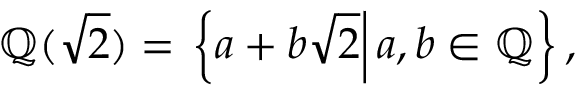
\mathbb { Q } ( { \sqrt { 2 } } ) = \left. \left\{ a + b { \sqrt { 2 } } \right| a , b \in \mathbb { Q } \right\} ,